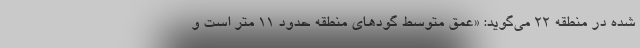
شده در منطقه ۲۲ می‌گوید: «عمق متوسط گودهای منطقه حدود ۱۱ متر است و